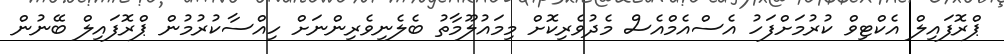
ޕްރޮފައިލް އެކްޓިވް ކުރުމަށްފަހު އެސްއެމްއެސް މެދުވެރިކޮށް މިމައުލޫމާތު ބެލެނިވެރިންނަށް ހިއްސާކުރުމުން ޕްރޮފައިލް ބޭނުން